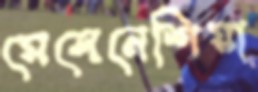
মেলেনেশিয়া